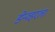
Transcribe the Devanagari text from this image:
डेन्व्हरला